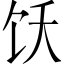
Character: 饫